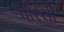
પીરસી